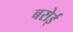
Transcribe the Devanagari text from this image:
बरोई